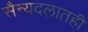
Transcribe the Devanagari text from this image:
सैन्यदलातही